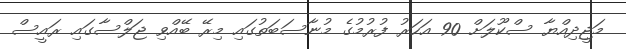
މަޖީދިއްޔާ ސްކޫލަށް 90 އަހަރު ފުރުމުގެ މުނާސަބަތުގައި މިރޭ ބޭއްވި ޖަލްސާގައި ރައީސް